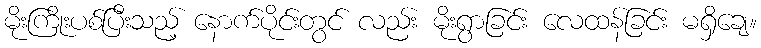
မိုးကြိုးပစ်ပြီးသည့် နောက်ပိုင်းတွင် လည်း မိုးရွာခြင်း လေထန်ခြင်း မရှိချေ။